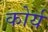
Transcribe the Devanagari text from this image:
कोर्य